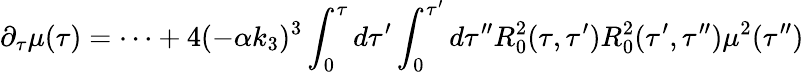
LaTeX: \partial_{\tau}\mu(\tau)=\dots+4(-\alpha k_{3})^{3}\int_{0}^{\tau}d\tau^{\prime}\int_{0}^{\tau^{\prime}}d\tau^{\prime\prime}R_{0}^{2}(\tau,\tau^{\prime})R_{0}^{2}(\tau^{\prime},\tau^{\prime\prime})\mu^{2}(\tau^{\prime\prime})